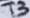
Text: T3